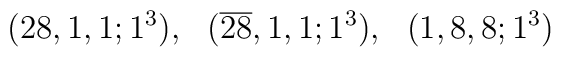
(28,1,1;1^3), ~~(\overline{28},1,1;1^3), ~~(1,8,8;1^3)